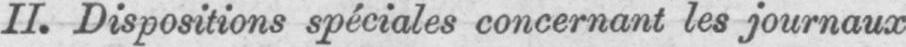
II. Dispositions spéciales concernant les journaux